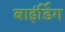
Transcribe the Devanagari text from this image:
बाइंर्डिग